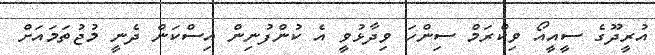
އުރީދޫގެ ސީއީއޯ ވިކްރަމް ސިންހަ ވިދާޅުވީ އެ ކުންފުނިން އިސްކަން ދެނީ މުޖުތަމައަށް